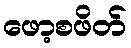
ဖော့စဖိတ်